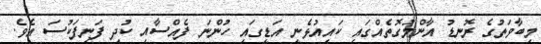
މިބާވަތުގެ ރޮނޑު އާންމުގޮތެއްގައި ކައިއުޅެނީ އަޑީގައި ހުންނަ ފެއްސާއި ކުދި ފަނިފަކުސަ އެވެ.